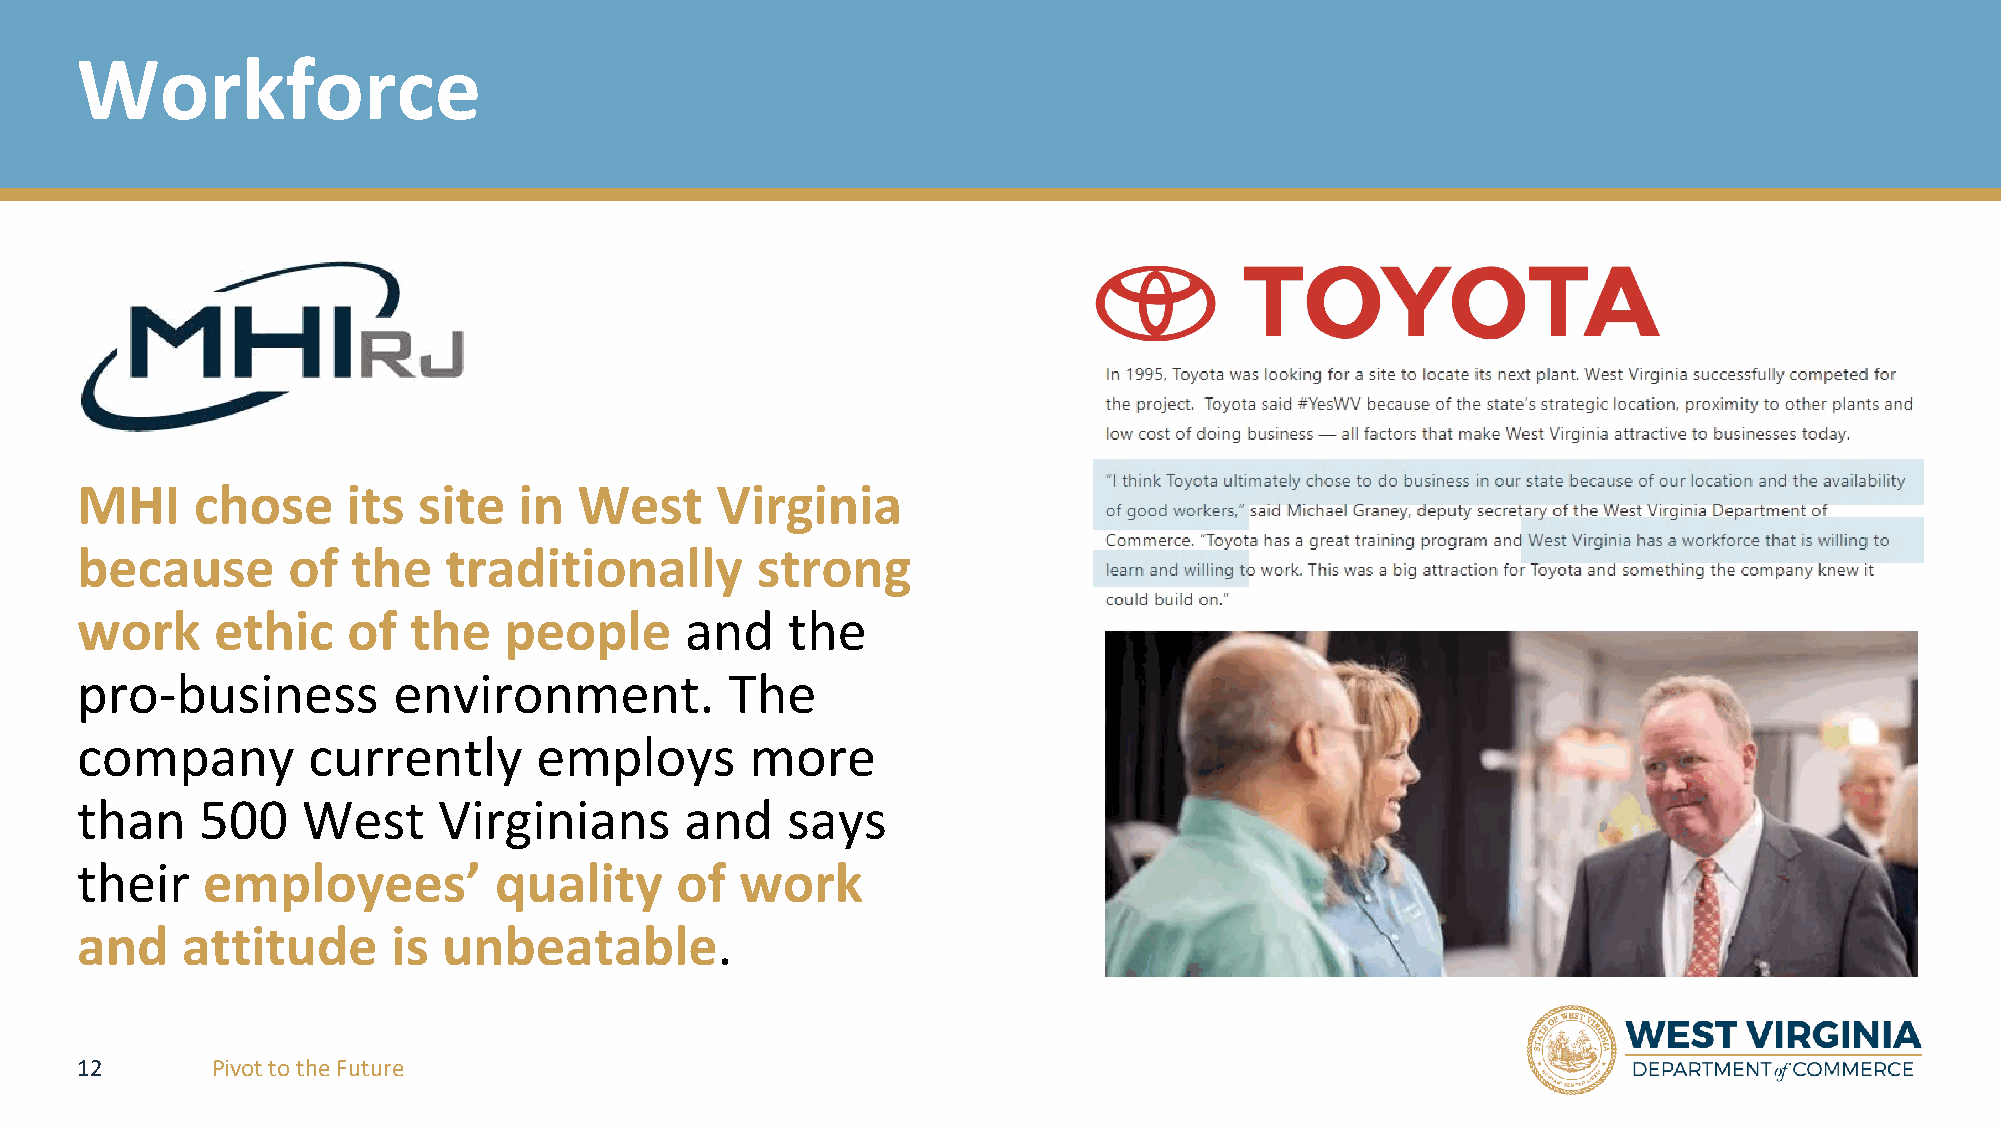
Workforce
 MHI     chose     its  site  in  West     Virginia
 because       of  the   traditionally        strong
 work     ethic    of  the   people      and    the
 pro-business         environment.          The
 company        currently      employs        more
 than    500    West     Virginians      and    says
 their   employees’          quality     of  work
 and    attitude      is unbeatable.
 12       Pivot to the Future